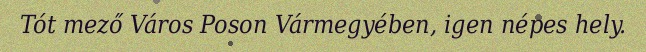
Tót mező Város Poson Vármegyében, igen népes hely.